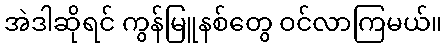
အဲဒါဆိုရင် ကွန်မြူနစ်တွေ ဝင်လာကြမယ်။